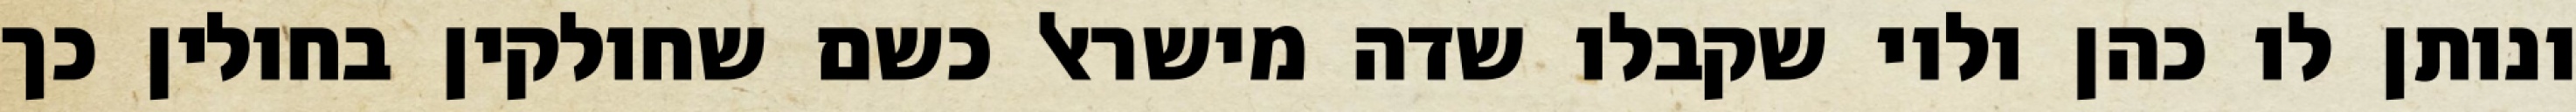
ונותן לו כהן ולוי שקבלו שדה מישראל כשם שחולקין בחולין כך